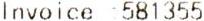
INVOICE :581355